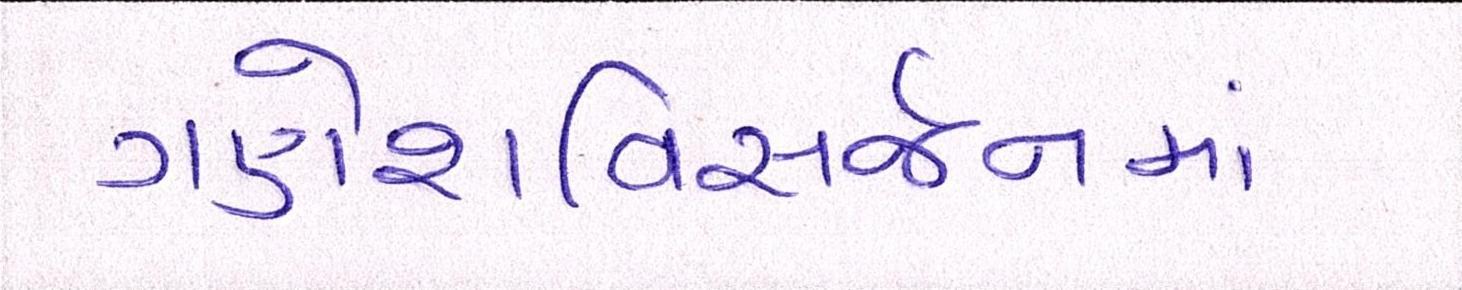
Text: ગણેશવિસર્જનમાં